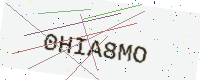
Text: 0HIA8MO